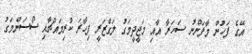
އޭގެ ފަހުން މާފަންނު ސަހަރާ އާއި މަޖީދީމަގު ލަގްޒަރީ ފިހާރަ ކުރިމައްޗާއި ސޯސަންމަގު